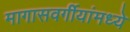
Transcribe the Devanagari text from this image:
मागासवर्गीयांमध्ये